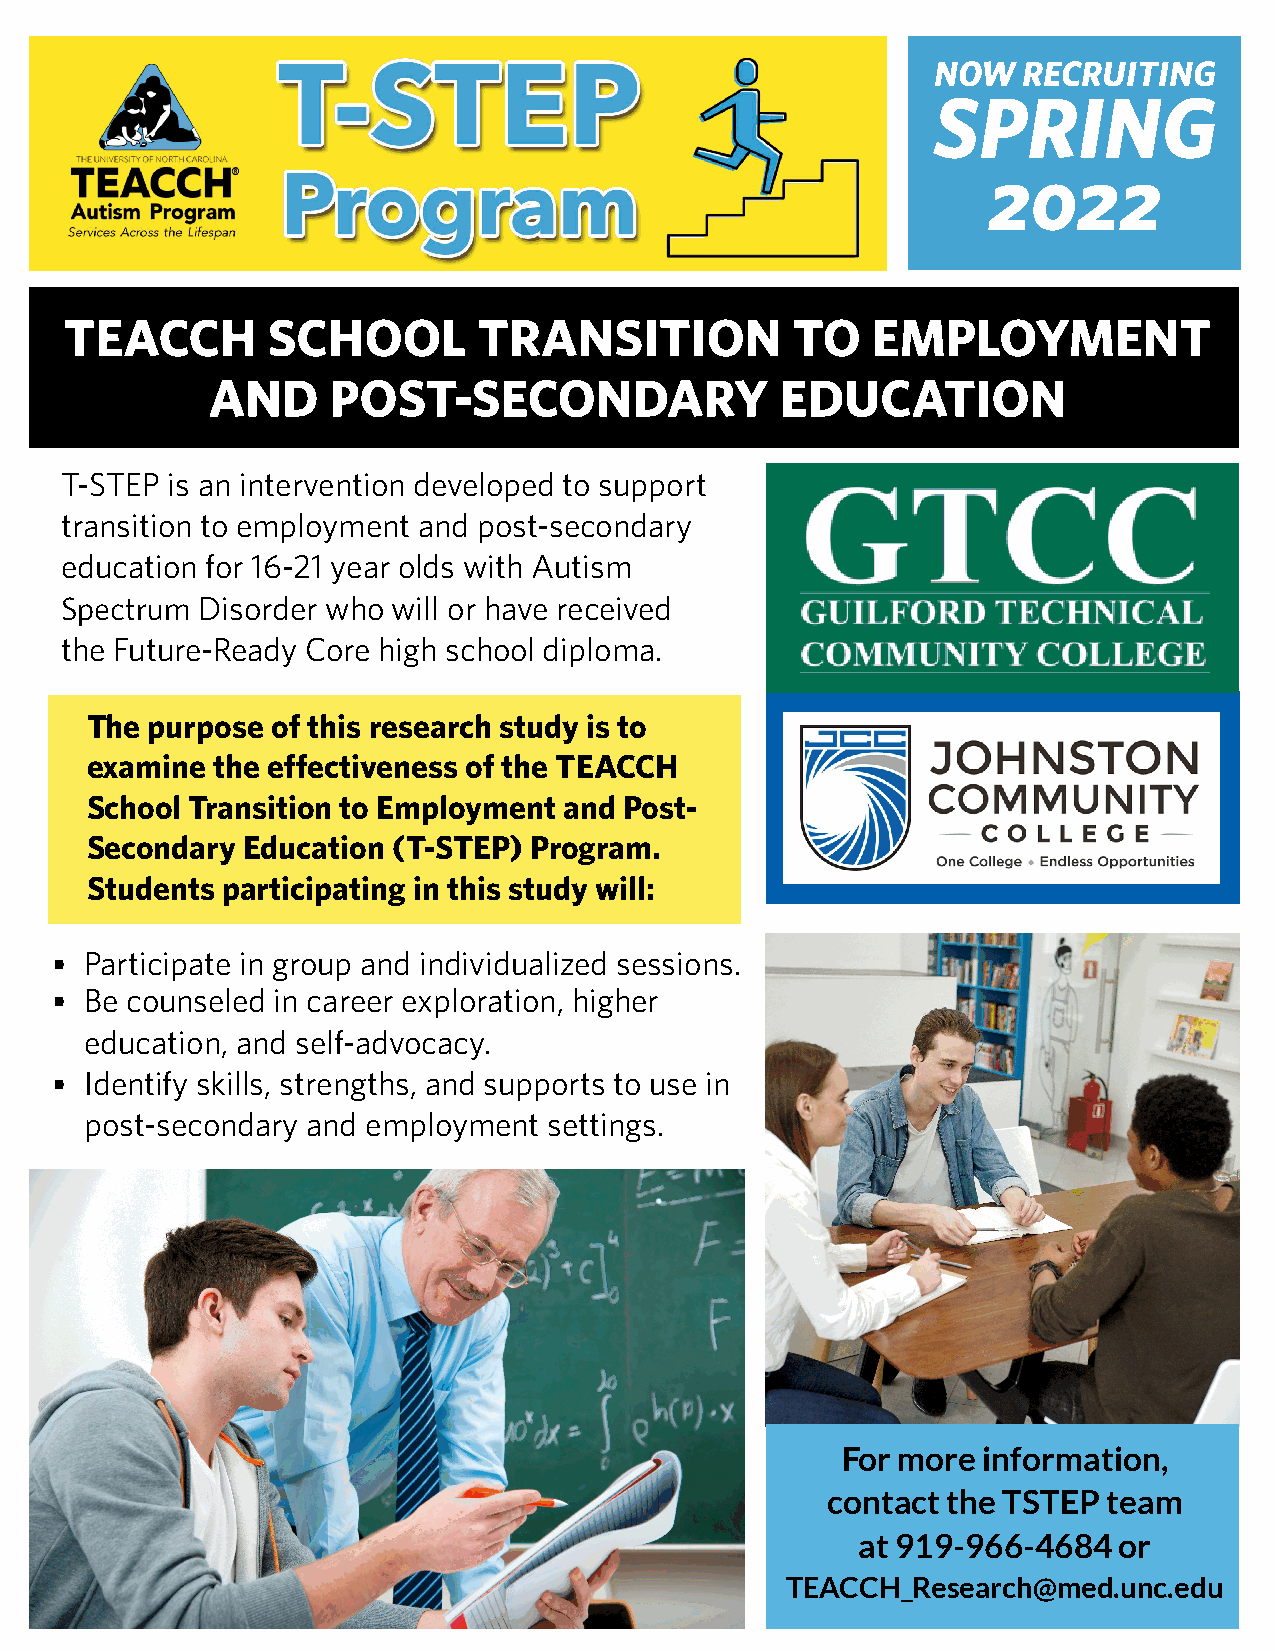
NOW   RECRUITING
 SPRING
 2022
 TEACCH        SCHOOL        TRANSITION          TO    EMPLOYMENT
 AND     POST-SECONDARY                EDUCATION
 T-STEP is an intervention developed to support
 transition to employment and post-secondary
 education for 16-21 year olds with Autism
 Spectrum Disorder who will or have received
 the Future-Ready Core high school diploma.
 The purpose of this research study is to
 examine the effectiveness of the TEACCH
 School Transition to Employment and Post-
 Secondary Education (T-STEP) Program.
 Students participating in this study will:
 •  Participate in group and individualized sessions.
 •  Be counseled in career exploration, higher
 education, and self-advocacy.
 •  Identify skills, strengths, and supports to use in
 post-secondary and employment settings.
 For more information,
 contact the TSTEP team
 at 919-966-4684  or
 TEACCH_Research@med.unc.edu